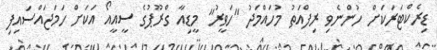
ޑިރެކްޓަރަކަށް ހުންނެވި ރިފްއަތު މުހައްމަދު "ހަވީރު" މީޑިއާ ގްރޫޕުގެ ސީއީއޯ އަކަށް ހަމަޖައްސައިފި